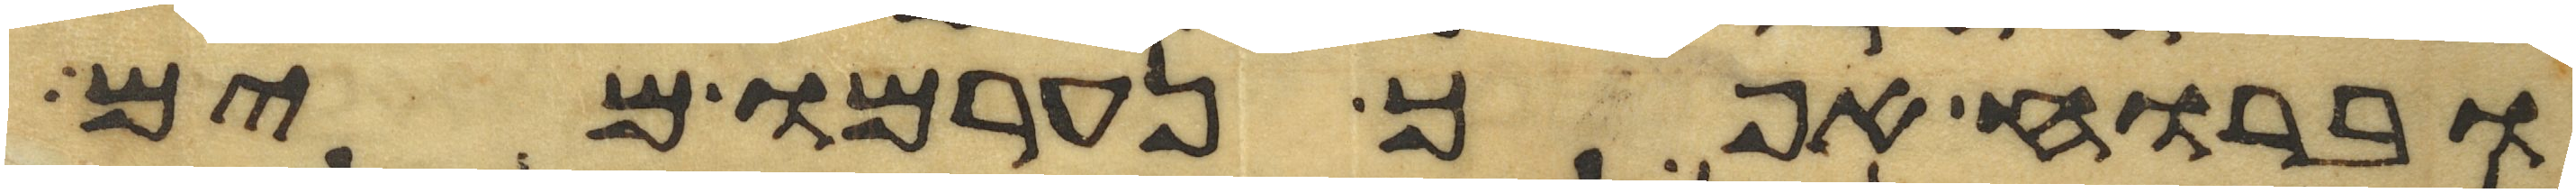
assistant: וברוח אפך נערמו מים